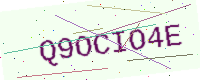
Text: Q9OCIO4E